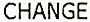
CHANGE